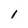
Character: 1